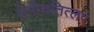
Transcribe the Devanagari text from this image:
तेनोचतित्लएं